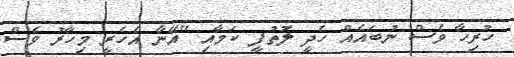
ހުރިހާ ވެސް ނުބައެއް ހެދީ ލުތުފީ ކަމާއި "އޭނާ އެހެރީ މިހާރު ވެސް